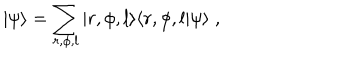
| \psi \rangle = \sum _ { r , \phi , l } | r , \phi , l \rangle \langle r , \phi , l | \psi \rangle \; ,